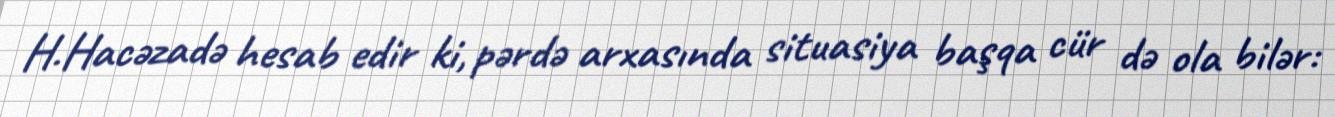
H.Hacəzadə hesab edir ki, pərdə arxasında situasiya başqa cür də ola bilər: